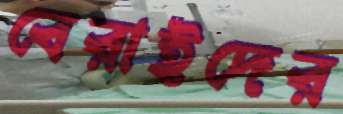
বেরাইদের